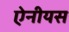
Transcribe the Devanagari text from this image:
ऐनीयस